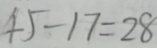
4 5 - 1 7 = 2 8